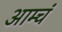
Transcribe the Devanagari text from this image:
आम्चं